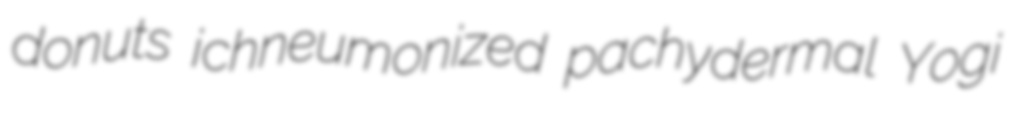
donuts ichneumonized pachydermal Yogi